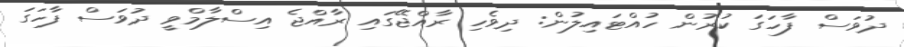
ދުވަސް ފާހަގަ ކުރުން ހުއްޓައިލުން: ދިވެހި ރާއްޖޭގައި ރާއްޖެ އިސްލާމްވީ ދުވަސް ފާހަގަ